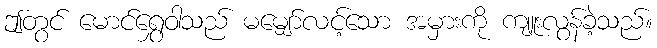
ဤတွင် မောင်ရွှေဝါသည် မမျှော်လင့်သော အမှားကို ကျူးလွန်ခဲ့သည်။